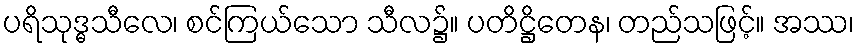
ပရိသုဒ္ဓသီလေ၊ စင်ကြယ်သော သီလ၌။ ပတိဋ္ဌိတေန၊ တည်သဖြင့်။ အဿ၊